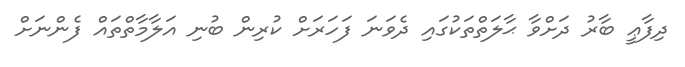
ދިފާޢީ ބާރު ދަށްވާ ޙާލަތްތަކުގައި ދެވަނަ ފަހަރަށް ކުރިން ބުނި އަލާމާތްތައް ފެންނަށް